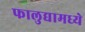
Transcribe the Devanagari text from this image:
फालुद्यामध्ये